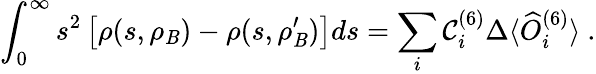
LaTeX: \int_{0}^{\infty}s^{2}\left[\rho(s,\rho_{\mathit{B}})-\rho(s,\rho_{\mathit{B}}^{\prime})\right]ds=\sum_{i}\mathcal{C}_{i}^{(6)}\Delta\langle\widehat{{O}}_{i}^{(6)}\rangle\ .